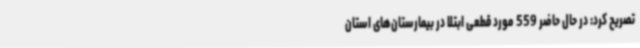
تصریح کرد: در حال حاضر 559 مورد قطعی ابتلا در بیمارستان‌های استان